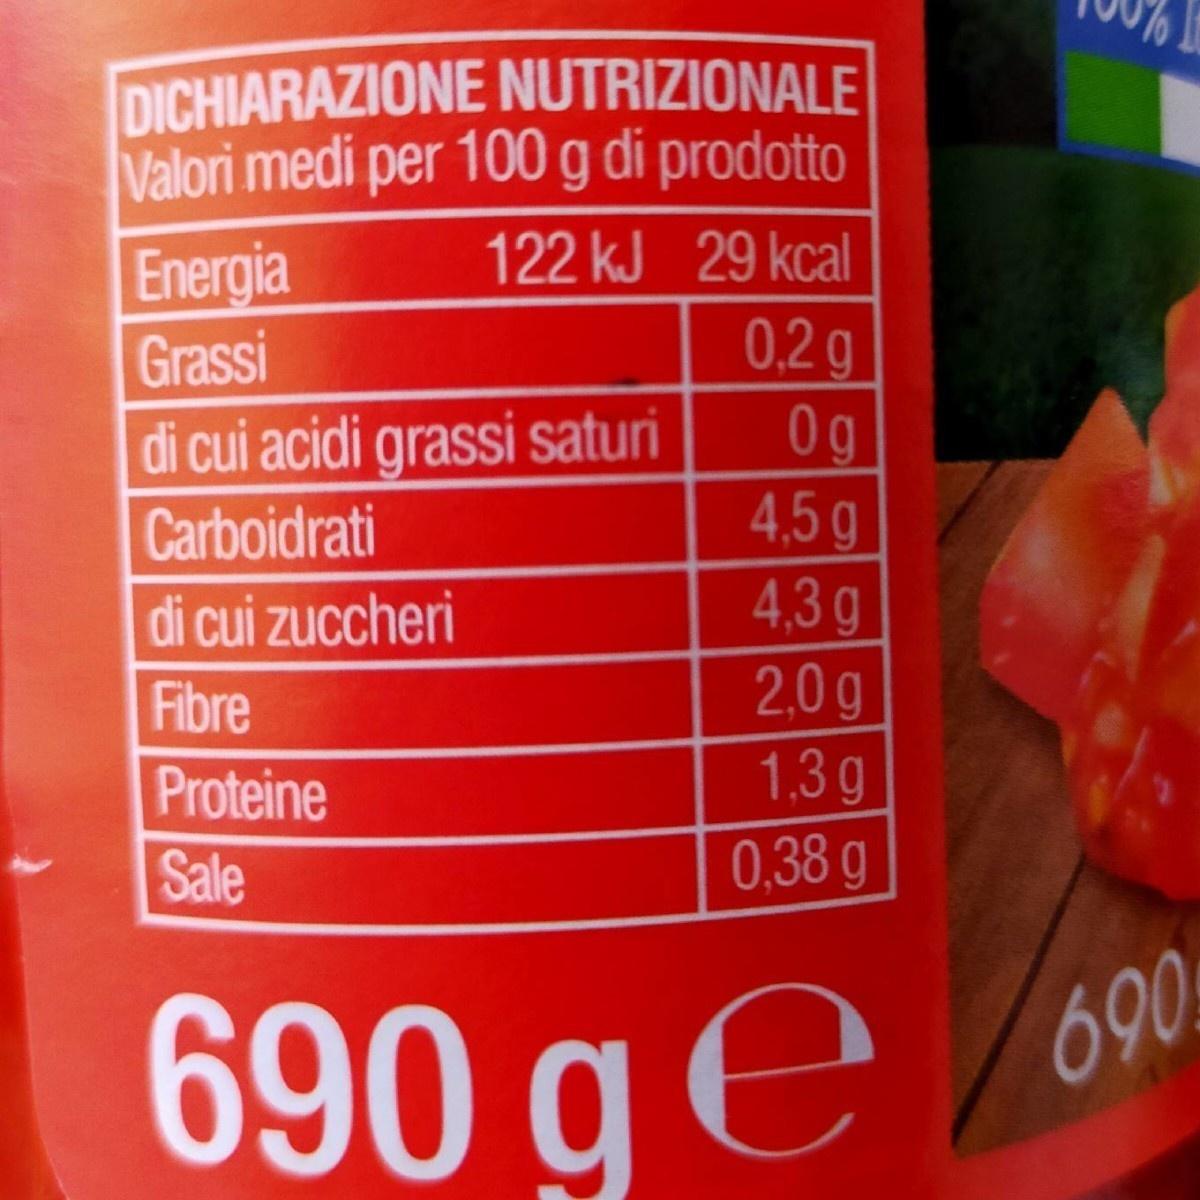
DICHIARAZIONE NUTRIZIONALE Valori medi per 100 g di prodotto
122 kJ 29 kcal
Energia Grassi
0.2 g 0g 4,5g 4,3g 2,0g 1,3g 0,38 g
di cui acidi grassi saturi Carboidrati
di cui zuccheri
Fibre
Proteine
Sale
690 ge
690